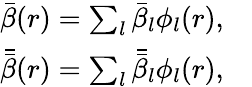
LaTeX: \begin{array}{rl}{\bar{\beta}(r)=\sum_{l}\bar{\beta}_{l}\phi_{l}(r),}&{{}}\\ {\bar{\bar{\beta}}(r)=\sum_{l}\bar{\bar{\beta}}_{l}\phi_{l}(r),}&{{}}\end{array}